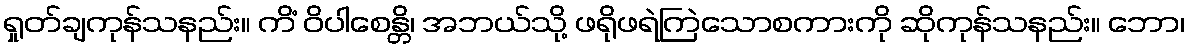
ရှုတ်ချကုန်သနည်း။ ကိံ ဝိပါစေန္တိ၊ အဘယ်သို့ ဖရိုဖရဲကြဲသောစကားကို ဆိုကုန်သနည်း။ ဘော၊